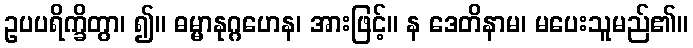
ဥပပရိက္ခိတွာ၊ ၍။ ဓမ္မာနုဂ္ဂဟေန၊ အားဖြင့်။ န ဒေတိနာမ၊ မပေးသူမည်၏။